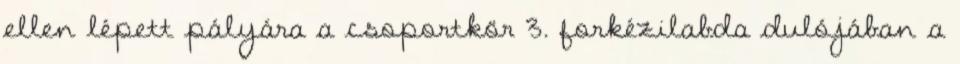
ellen lépett pályára a csoportkör 3. forkézilabda dulójában a